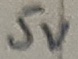
Text: 5V